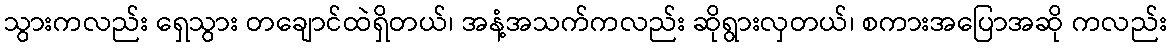
သွားကလည်း ရှေသွား တချောင်ထဲရှိတယ်၊ အနံ့အသက်ကလည်း ဆိုရွားလှတယ်၊ စကားအပြောအဆို ကလည်း